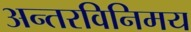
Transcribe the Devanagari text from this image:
अन्तरविनिमय